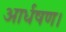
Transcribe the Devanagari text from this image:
आर्धषण।